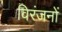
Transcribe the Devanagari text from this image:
विरंजनों